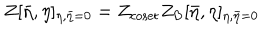
Z [ { \bar { \eta } } , \eta ] _ { \eta , \bar { \eta } = 0 } = Z _ { \mathrm { c o s e t } } Z _ { \mathrm { B } } [ { \bar { \eta } } , \eta ] _ { \eta , \bar { \eta } = 0 }